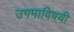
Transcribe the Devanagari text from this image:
उगमाविषयी